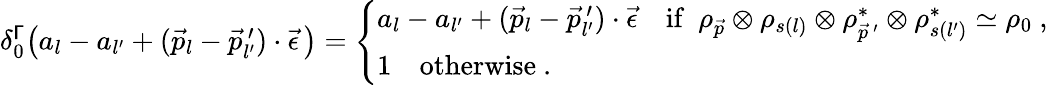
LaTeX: \begin{array}{r}{\delta_{0}^{\mathsf{\Gamma}}\big(a_{l}-a_{l^{\prime}}+(\vec{p}_{l}-\vec{p}_{l^{\prime}}^{\, \prime})\cdot\vec{\epsilon}\, \big)=\left\{ \begin{array}{ll}{a_{l}-a_{l^{\prime}}+(\vec{p}_{l}-\vec{p}_{l^{\prime}}^{\, \prime})\cdot\vec{\epsilon}\quad\mathrm{if}\ \ \rho_{\vec{p}}\otimes\rho_{s(l)}\otimes\rho_{\vec{p}^{\, \prime}}^{*}\otimes\rho_{s(l^{\prime})}^{*}\simeq\rho_{0}\ ,}\\ {1\quad\mathrm{otherwise}\ .}\end{array}\right.}\end{array}